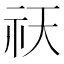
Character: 祆